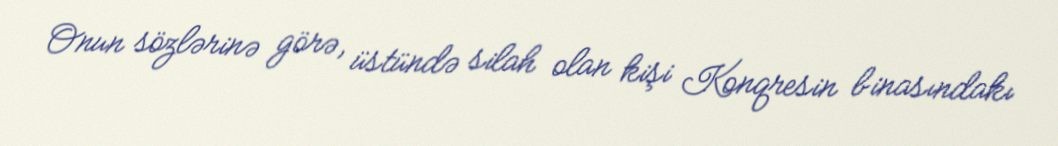
Onun sözlərinə görə, üstündə silah olan kişi Konqresin binasındakı